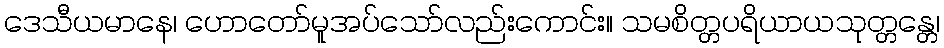
ဒေသီယမာနေ၊ ဟောတော်မူအပ်သော်လည်းကောင်း။ သမစိတ္တပရိယာယသုတ္တန္တေ၊